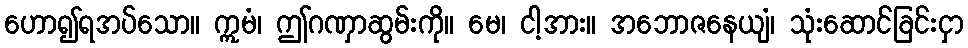
ဟော၍ရအပ်သော။ ဣမံ၊ ဤဂဏှာဆွမ်းကို။ မေ၊ ငါ့အား။ အဘောဇနေယျံ၊ သုံးဆောင်ခြင်းငှာ